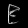
Digit: ၉